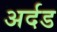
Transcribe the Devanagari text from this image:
अर्दड